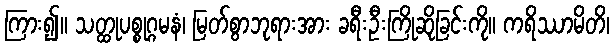
ကြား၍။ သတ္ထုပစ္စုဂ္ဂမနံ၊ မြတ်စွာဘုရားအား ခရီးဦးကြိုဆိုခြင်းကို။ ကရိဿာမိတိ၊